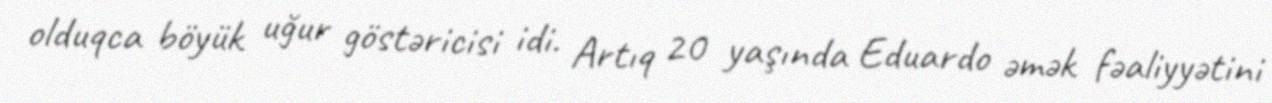
olduqca böyük uğur göstəricisi idi. Artıq 20 yaşında Eduardo əmək fəaliyyətini